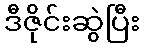
ဒီဇိုင်းဆွဲပြီး